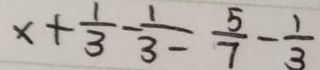
x + \frac { 1 } { 3 } - \frac { 1 } { 3 } = \frac { 5 } { 7 } - \frac { 1 } { 3 }